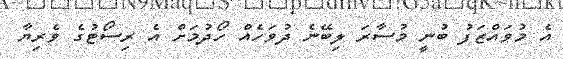
އެ މުވައްޒަފު ބުނީ މުސާރަ ލިބޭނެ ދުވަހެއް ހޯދުމަށް އެ ރިސޯޓުގެ ވެރިޔާ